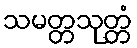
သမတ္တသုတ္တံ